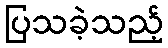
ပြသခဲ့သည့်